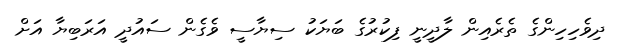
ދިވެހިހިންގެ ތެރެއިން ލާދީނީ ފިކުރުގެ ބަޔަކު ސިޔާސީ ވެގެން ސައުދީ އަރަބިޔާ އަށް